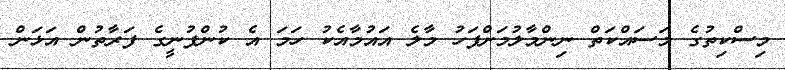
މިސްކިތުގެ މަސައްކަތް ނިންމާލުމަށްފަހު މާލެ އައުމާއެކު ހަމަ އެ ކުންފުނީގެ ފަރާތުން އަޅަން